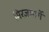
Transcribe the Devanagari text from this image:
मिरजमार्गे